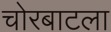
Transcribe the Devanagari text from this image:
चोरबाटला